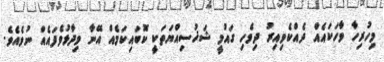
މިހުރިހާ ވާހަކައެއް ދެއްކެވިއިރު ދިވެހި ގައުމީ ޝަޚުސިއްޔަތަކީ ކޮބައިކަމެއް އޭނާ ވިދާޅުވެފައެއް ނުވެއެވެ.